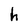
Character: h